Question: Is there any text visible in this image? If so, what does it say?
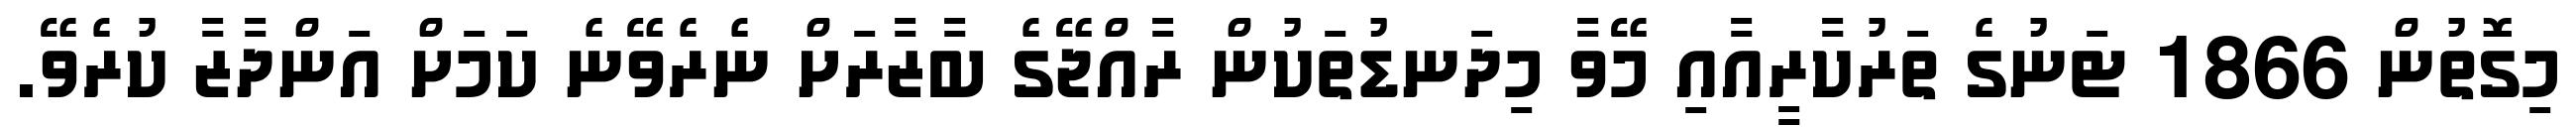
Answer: މިގޮތުން 1866 ޓަނުގެ ތަރުކާރީއާއި މޭވާ މިދަނޑުތަކުން ރާއްޖޭގެ ބާޒާރަށް ނެރެވޭނެ ކަމަށް އަންދާޒާ ކުރެވޭ.